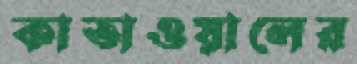
কাতাওয়ালের